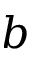
b